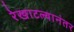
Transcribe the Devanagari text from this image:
रेखाटल्यानंतर